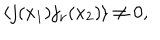
LaTeX: \langle j ( x _ { 1 } ) j _ { \nu } ( x _ { 2 } ) \rangle \ne 0 ,